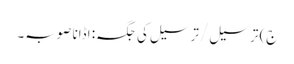
ج) ترسیل / ترسیل کی جگہ: اڈانا صوبہ۔